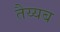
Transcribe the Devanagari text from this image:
तैय्यब